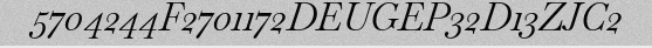
5704244F2701172DEUGEP32D13ZJC2